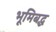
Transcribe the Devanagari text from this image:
भूमिबद्ध